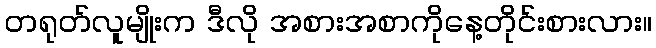
တရုတ်လူမျိုးက ဒီလို အစားအစာကိုနေ့တိုင်းစားလား။